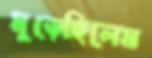
মুড়েছিলেম